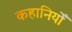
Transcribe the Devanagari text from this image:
कहानियोँ